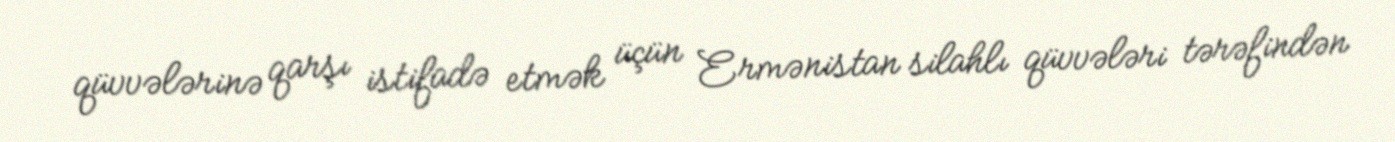
qüvvələrinə qarşı istifadə etmək üçün Ermənistan silahlı qüvvələri tərəfindən